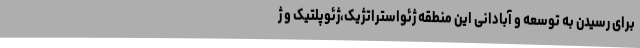
برای رسیدن به توسعه و آبادانی این منطقه ژئواستراتژيک،ژئوپلتیک و ژ